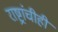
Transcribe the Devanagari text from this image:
राष्ट्रांचीही